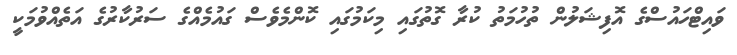
ވައިޓްހައުސްގެ އޮފިޝަލުން ތުހުމަތު ކުރާ ގޮތުގައި މިކަމުގައި ކޮންމެވެސް ގައުމެއްގެ ސަރުކާރުގެ އަތެއްވުމަކީ